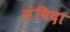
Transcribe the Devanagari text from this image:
संविदा